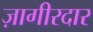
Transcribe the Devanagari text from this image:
ज़ागीरदार